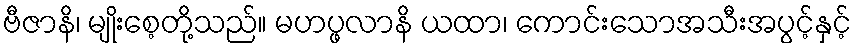
ဗီဇာနိ၊ မျိုးစေ့တို့သည်။ မဟပ္ဖလာနိ ယထာ၊ ကောင်းသောအသီးအပွင့်နှင့်